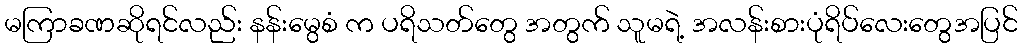
မကြာခဏဆိုရင်လည်း နန်းမွေစံ က ပရိသတ်တွေ အတွက် သူမရဲ့ အလန်းစားပုံရိပ်လေးတွေအပြင်